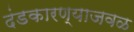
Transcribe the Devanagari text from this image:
दंडकारण्याजवळ